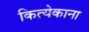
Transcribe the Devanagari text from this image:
कित्येकाना